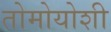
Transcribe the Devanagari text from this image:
तोमोयोशी